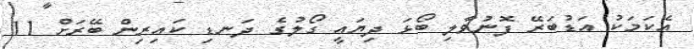
އެކަމަކު އަޑުބަރޭ ފޮނުވާލި ބޯޅަ ދިޔައީ ގޯލުގެ ދަނޑި ކައިރިން ބޭރަށް 11